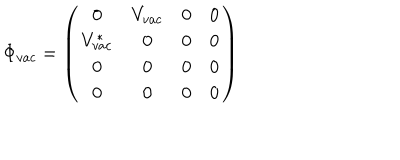
\Phi _ { v a c } = \left( \begin{array} { c c c c } { { 0 } } & { { V _ { v a c } } } & { { 0 } } & { { 0 } } \\ { { V _ { v a c } ^ { * } } } & { { 0 } } & { { 0 } } & { { 0 } } \\ { { 0 } } & { { 0 } } & { { 0 } } & { { 0 } } \\ { { 0 } } & { { 0 } } & { { 0 } } & { { 0 } } \\ \end{array} \right)